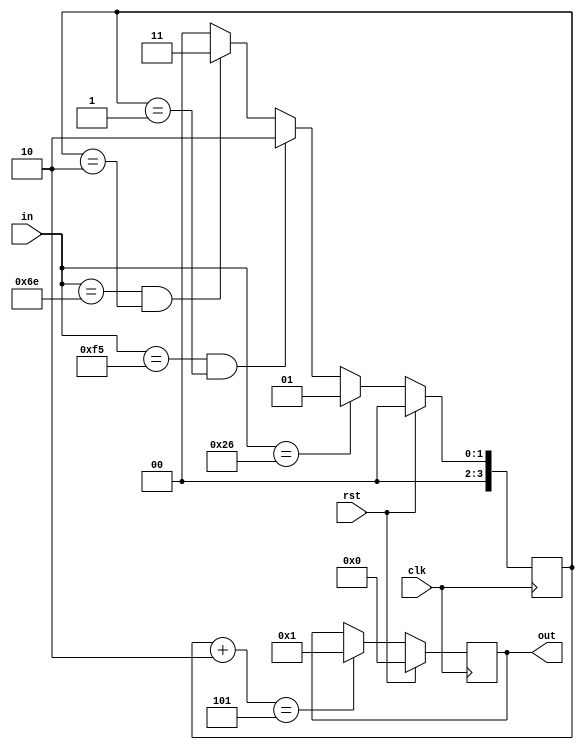
module top (
	input [7:0] in,
	output reg [7:0] out,
	input clk, 
	input rst
);

reg [3:0] state;
wire [3:0] st;
wire [3:0] st2;

assign st = state + 4'd2;
assign st2 = st;

always @(posedge clk) begin
	if(rst) begin
		state <= 4'h0;
	end
	else if (in == 8'h26)
		state <= 4'h1;
	else if (in == 8'hf5 && state == 4'h1)
		state <= 4'h2;
	else if (in == 8'h6e && state == 4'h2) begin
		state <= 4'h3;
		//$display("Hooray");
	end
	else
		state <= 0;
end

always @(posedge clk) begin
	if(rst) begin
		out <= 8'b0;
	end
	else if(st2 == 4'h5) begin
		$display("Hooray");
		out <= 1;
	end
end


endmodule